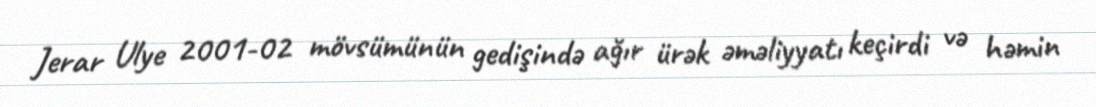
Jerar Ulye 2001-02 mövsümünün gedişində ağır ürək əməliyyatı keçirdi və həmin